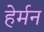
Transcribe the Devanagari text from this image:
हेर्मन